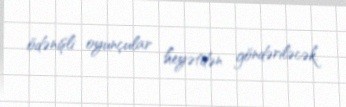
ödənişli oyunçular heyətdən göndəriləcək.